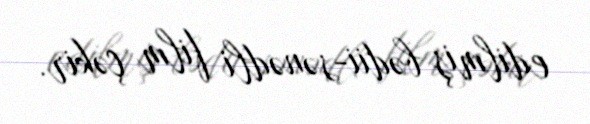
edilmiş bədii-sənədli film çəkir.